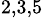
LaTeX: {}^{2,3,5}